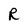
Character: R